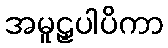
အမူဠှပါပိကာ